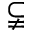
\subsetneqq